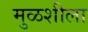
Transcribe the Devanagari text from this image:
मुळशीला